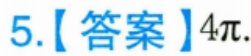
5.【答案】\(4\pi\).